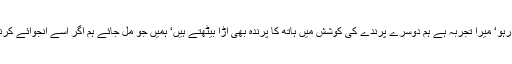
فرمایا اللہ نے جو دیا ہے اس پر خوش رہو‘ میرا تجربہ ہے ہم دوسرے پرندے کی کوشش میں ہاتھ کا پرندہ بھی اڑا بیٹھتے ہیں‘ ہمیں جو مل جائے ہم اگر اسے انجوائے کرنا سیکھ لیں تو یہ دنیا جنت ہو جاتی ہے۔